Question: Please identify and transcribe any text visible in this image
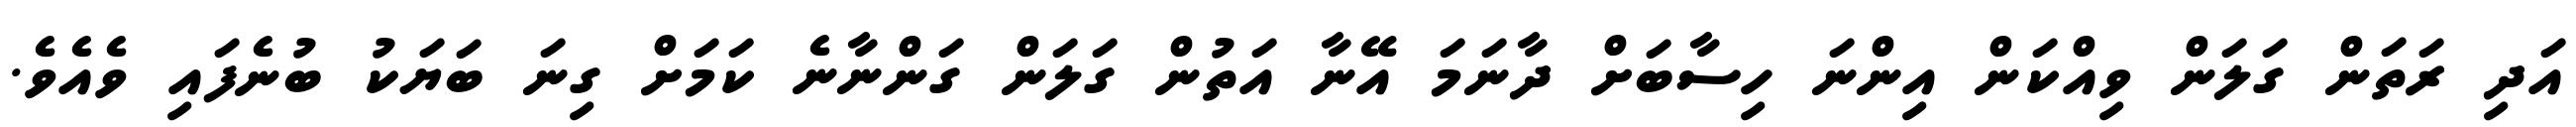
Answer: އަދި ރަތަން ގަލަން ވިއްކަން އިންނަ ހިސާބަށް ދާނަމަ އޭނާ އަތުން ގަލަން ގަންނާނެ ކަމަށް ގިނަ ބަޔަކު ބުނެފައި ވެއެވެ.